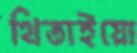
থিতাইয়ো